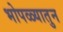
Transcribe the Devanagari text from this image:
भोपळ्यातुन